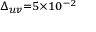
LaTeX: \scriptstyle \Delta _ { u v } = 5 \times 1 0 ^ { - 2 }